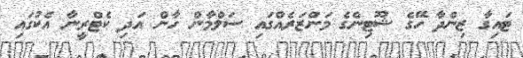
ޓައިގާ ޒިންދާ ހޭގެ ޝޫޓިންގެ މަންޒަރެއްގައި ސަލްމާން ހާން އަދި ކެޓްރީނާ އެކުގައި